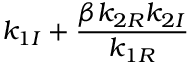
\displaystyle { k _ { 1 I } + \frac { \beta k _ { 2 R } k _ { 2 I } } { k _ { 1 R } } }